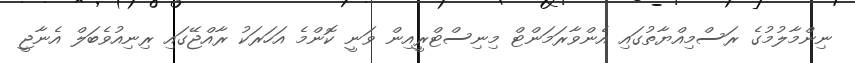
ނިންމާލުމުގެ ރަސްމިއްޔާތުގައި އެންވާރަމަންޓް މިނިސްޓްރީއިން ވަނީ ކޮންމެ އަހަރަކު ރާއްޖޭގައި ރިނިއުވެބަލް އެނާޖީ